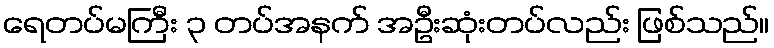
ရေတပ်မကြီး ၃ တပ်အနက် အဦးဆုံးတပ်လည်း ဖြစ်သည်။